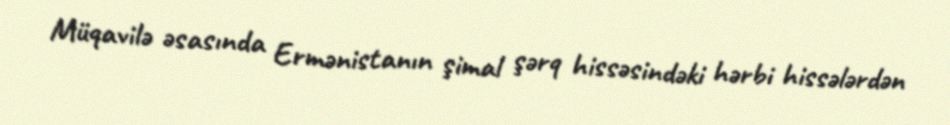
Müqavilə əsasında Ermənistanın şimal şərq hissəsindəki hərbi hissələrdən